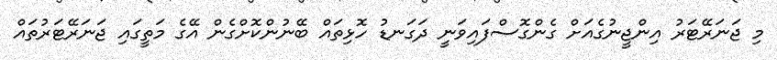
މި ޖަނަރޭޓަރު އިންޖީނުގެއަށް ގެންގޮސްފައިވަނީ ދަގަނޑު ހޮޅިތައް ބޭނުންކޮށްގެން އޭގެ މަތީގައި ޖަނަރޭޓަރުތައް